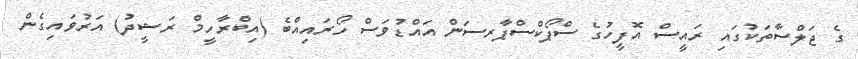
ގެ ޖަލްސާތަކުގައި ރައީސް އޮފީހުގެ ސްޕޯކްސްޕާރސަން އައްޑުވަސް ހޯރައިއްބެ (އިބްރާހީމް ރަޝީދު) އަރުވައިގެން